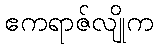
ဧကရာဇ်လျိုက